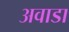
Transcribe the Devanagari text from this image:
अवाडा